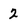
Character: 2